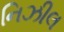
નિઝીલ